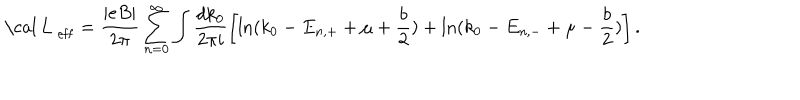
\mathrm { ~ \cal ~ L ~ } _ { \mathrm { e f f } } = \frac { | e B | } { 2 \pi } \sum _ { n = 0 } ^ { \infty } \int \frac { d k _ { 0 } } { 2 \pi i } \left[ \ln ( k _ { 0 } - E _ { n , + } + \mu + \frac { b } { 2 } ) + \ln ( k _ { 0 } - E _ { n , - } + \mu - \frac { b } { 2 } ) \right] .